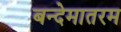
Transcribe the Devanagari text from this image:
बन्देमातरम